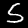
Label: 5